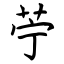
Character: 苧